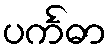
ပင်္ကဓာ